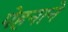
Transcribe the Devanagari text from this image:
पेहनाने